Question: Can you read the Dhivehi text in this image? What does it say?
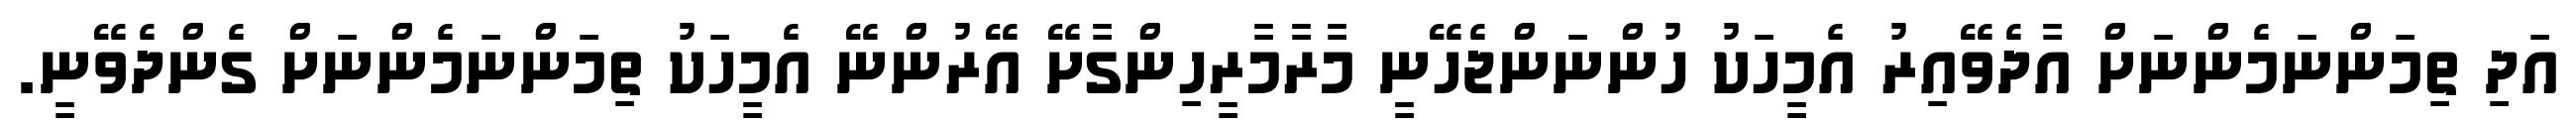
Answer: އަދި ތިމަންނަމެންނަށް އާދެވޭއިރު އެމީހަކު ހުންނަންޖެހޭނީ މާރާމާރީހިންގާށޭ އޭރުންނޭ އެމީހަކު ތިމަންނަމެންނަށް ގެންދެވޭނީ.